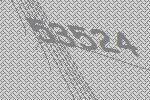
53524